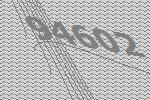
94602